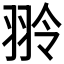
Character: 𫅤